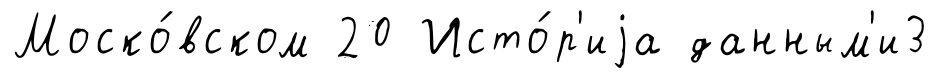
Моско́вском 20 Исто́р'иjа данным'и3